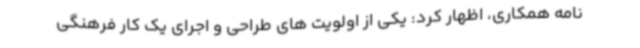
نامه همکاری، اظهار کرد: یکی از اولویت های طراحی و اجرای یک کار فرهنگی